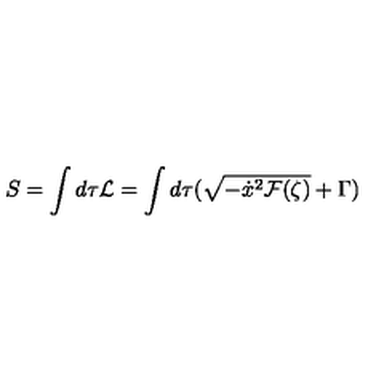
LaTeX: S = \int d \tau { \cal L } = \int d \tau ( \sqrt { - \dot { x } ^ { 2 } { \cal F } ( \zeta ) } + \Gamma )